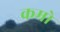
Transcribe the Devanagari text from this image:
कमो